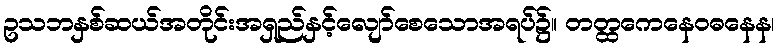
ဥသဘနှစ်ဆယ်အတိုင်းအရှည်နှင့်လျော်စေသောအရပ်၌။ တတ္ထကေနေဝဓနေန၊